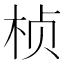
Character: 桢